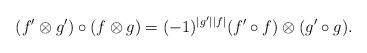
LaTeX: \begin{align*}(f'\otimes g')\circ (f\otimes g) = (-1)^{|g'||f|}(f'\circ f)\otimes (g'\circ g).\end{align*}